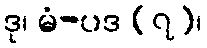
ဒု၊ မံ-ပဒ (၇)၊